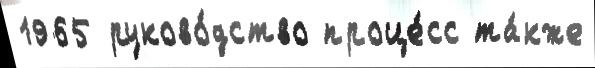
1965 руково́дство проце́сс та́кже